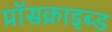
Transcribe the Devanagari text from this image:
प्रॉसक्राइब्ड